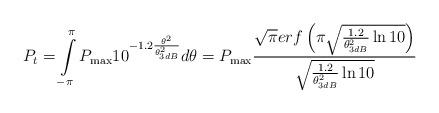
LaTeX: \begin{align*}P_t=\int\limits_{ - {\pi} }^{{\pi}} {{P_{\max }}{{10}^{ - 1.2\frac{{{\theta ^2}}}{{\theta _{3dB}^2}}}}d\theta } = {P_{\max }}\frac{{\sqrt \pi erf \left( {{\pi} \sqrt {\frac{{1.2}}{{\theta _{3dB}^2}}\ln 10} } \right)}}{{\sqrt {\frac{{1.2}}{{\theta _{3dB}^2}}\ln 10} }}\end{align*}